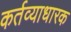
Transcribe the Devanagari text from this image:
कर्तव्याधारक